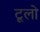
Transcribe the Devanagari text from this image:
टूलो